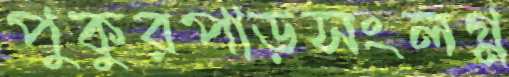
পুকুরপাড়সংলগ্ন